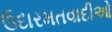
ઉદારમતવાદીઓ